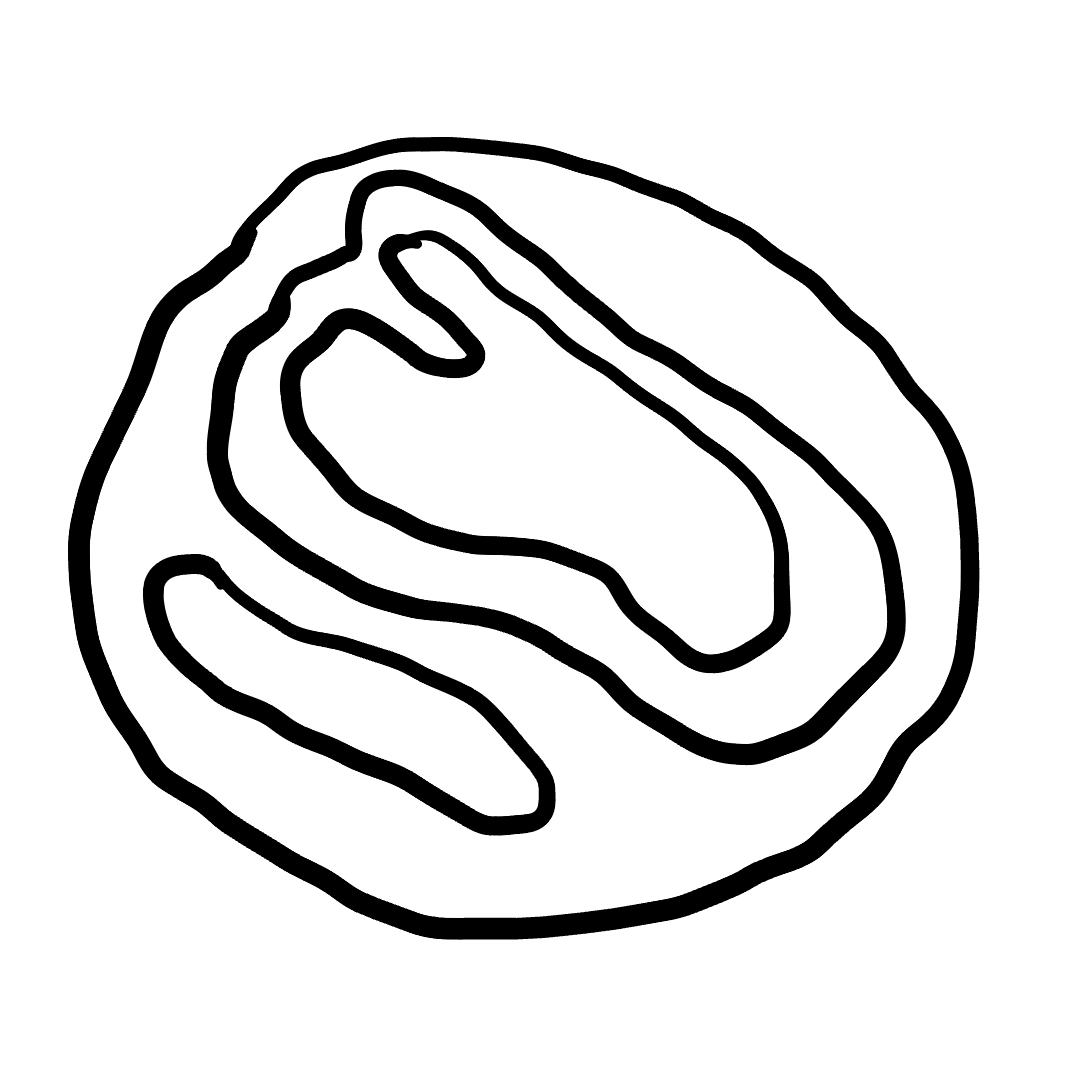
Number of regions (including the outer root region): 5
Containment tree edges (parent, child): 0, 1, 1, 2, 1, 3, 3, 4